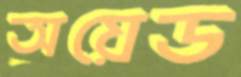
অয়েড